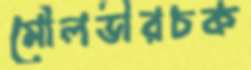
মৌলভীরচক